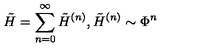
\tilde { H } = \sum _ { n = 0 } ^ { \infty } \tilde { H } ^ { ( n ) } , \tilde { H } ^ { ( n ) } \sim \Phi ^ { n }